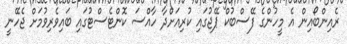
ރެއިންބޯއިން އެ މީހުންގެ ފޭސްބުކް ޕޭޖުގައި ކުރިއަށްދާ ހާއްސަ ކޮންޓެސްޓުގައި ބައިވެރިވުމަށް ޖެހޭނީ